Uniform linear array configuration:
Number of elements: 32
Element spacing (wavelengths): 0.75
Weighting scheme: exponential
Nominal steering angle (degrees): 45
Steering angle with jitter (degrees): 45.68
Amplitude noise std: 0.05
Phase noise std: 0.05

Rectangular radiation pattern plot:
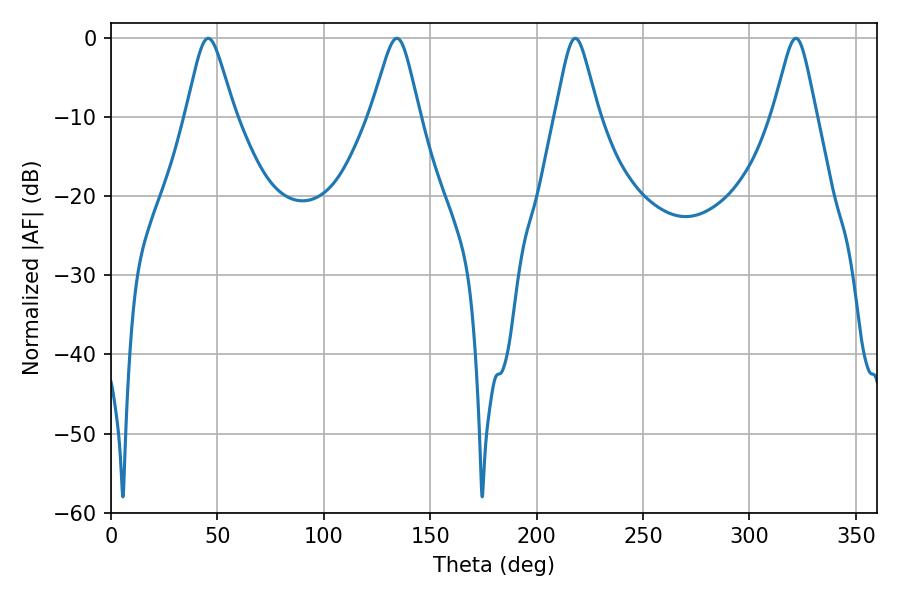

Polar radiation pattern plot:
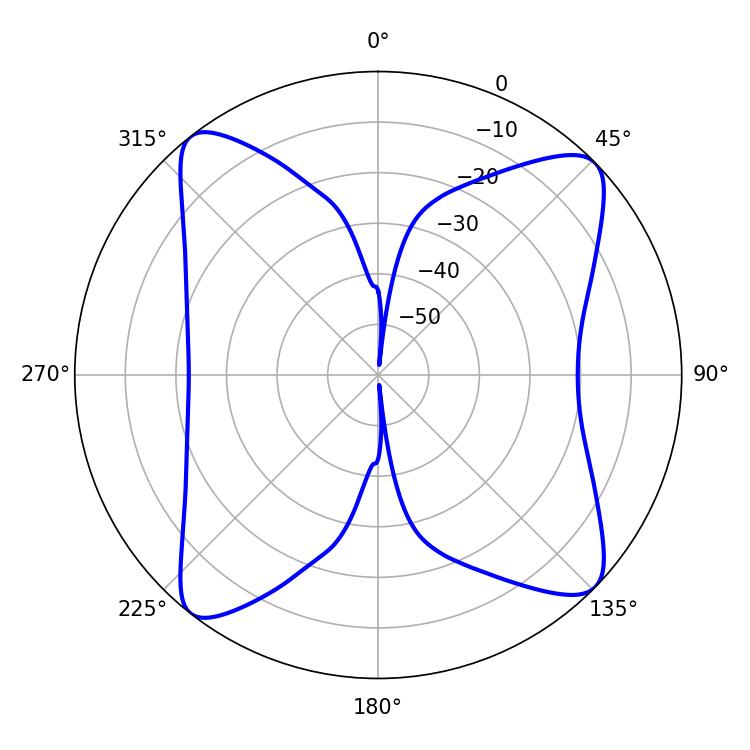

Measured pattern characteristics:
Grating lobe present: TRUE
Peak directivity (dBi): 14.066
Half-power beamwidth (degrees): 9.72
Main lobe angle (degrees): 218.16